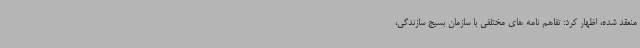
منعقد شده، اظهار کرد: تفاهم نامه های مختلفی با سازمان بسیج سازندگی،